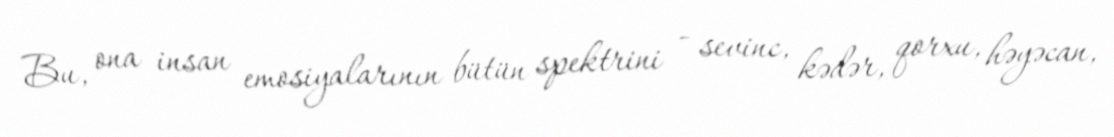
Bu, ona insan emosiyalarının bütün spektrini - sevinc, kədər, qorxu, həyəcan,